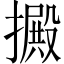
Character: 㩔